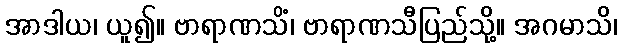
အာဒါယ၊ ယူ၍။ ဗာရာဏသိံ၊ ဗာရာဏသီပြည်သို့။ အဂမာသိ၊